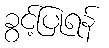
ခွင့်ပြုရန်